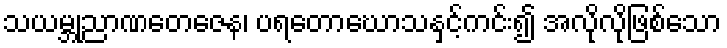
သယမ္ဘုညာဏတေဇေန၊ ပရတောဃောသနှင့်ကင်း၍ အလိုလိုဖြစ်သော